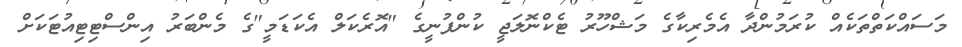
މަސައްކަތްތަކެއް ކުރަމުންދާ އެމެރިކާގެ މަޝްހޫރު ޓެކްނޮލަޖީ ކުންފުނީގެ "އޮރެކަލް އެކަޑަމީ"ގެ މެންބަރު އިންސްޓިޓިއުޓަކަށް